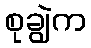
စုချွဲက